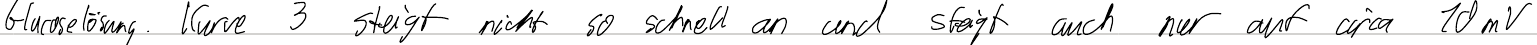
Glucoselösung. Kurve 3 steigt nicht so schnell an und steigt auch nur auf circa 10mV